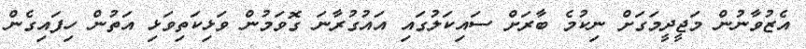
އެޒުވާނުން މަޖީދީމަގަށް ނިކުމެ ބާރަށް ސައިކަލުގައި އައުގުރާނަ ގޮވަމުން ވަޅިކަތިވަޅި އަތުން ހިފައިގެން